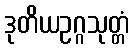
ဒုတိယဥဂ္ဂသုတ္တံ